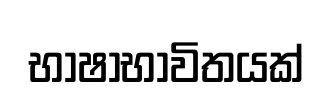
භාෂාභාවිතයක්